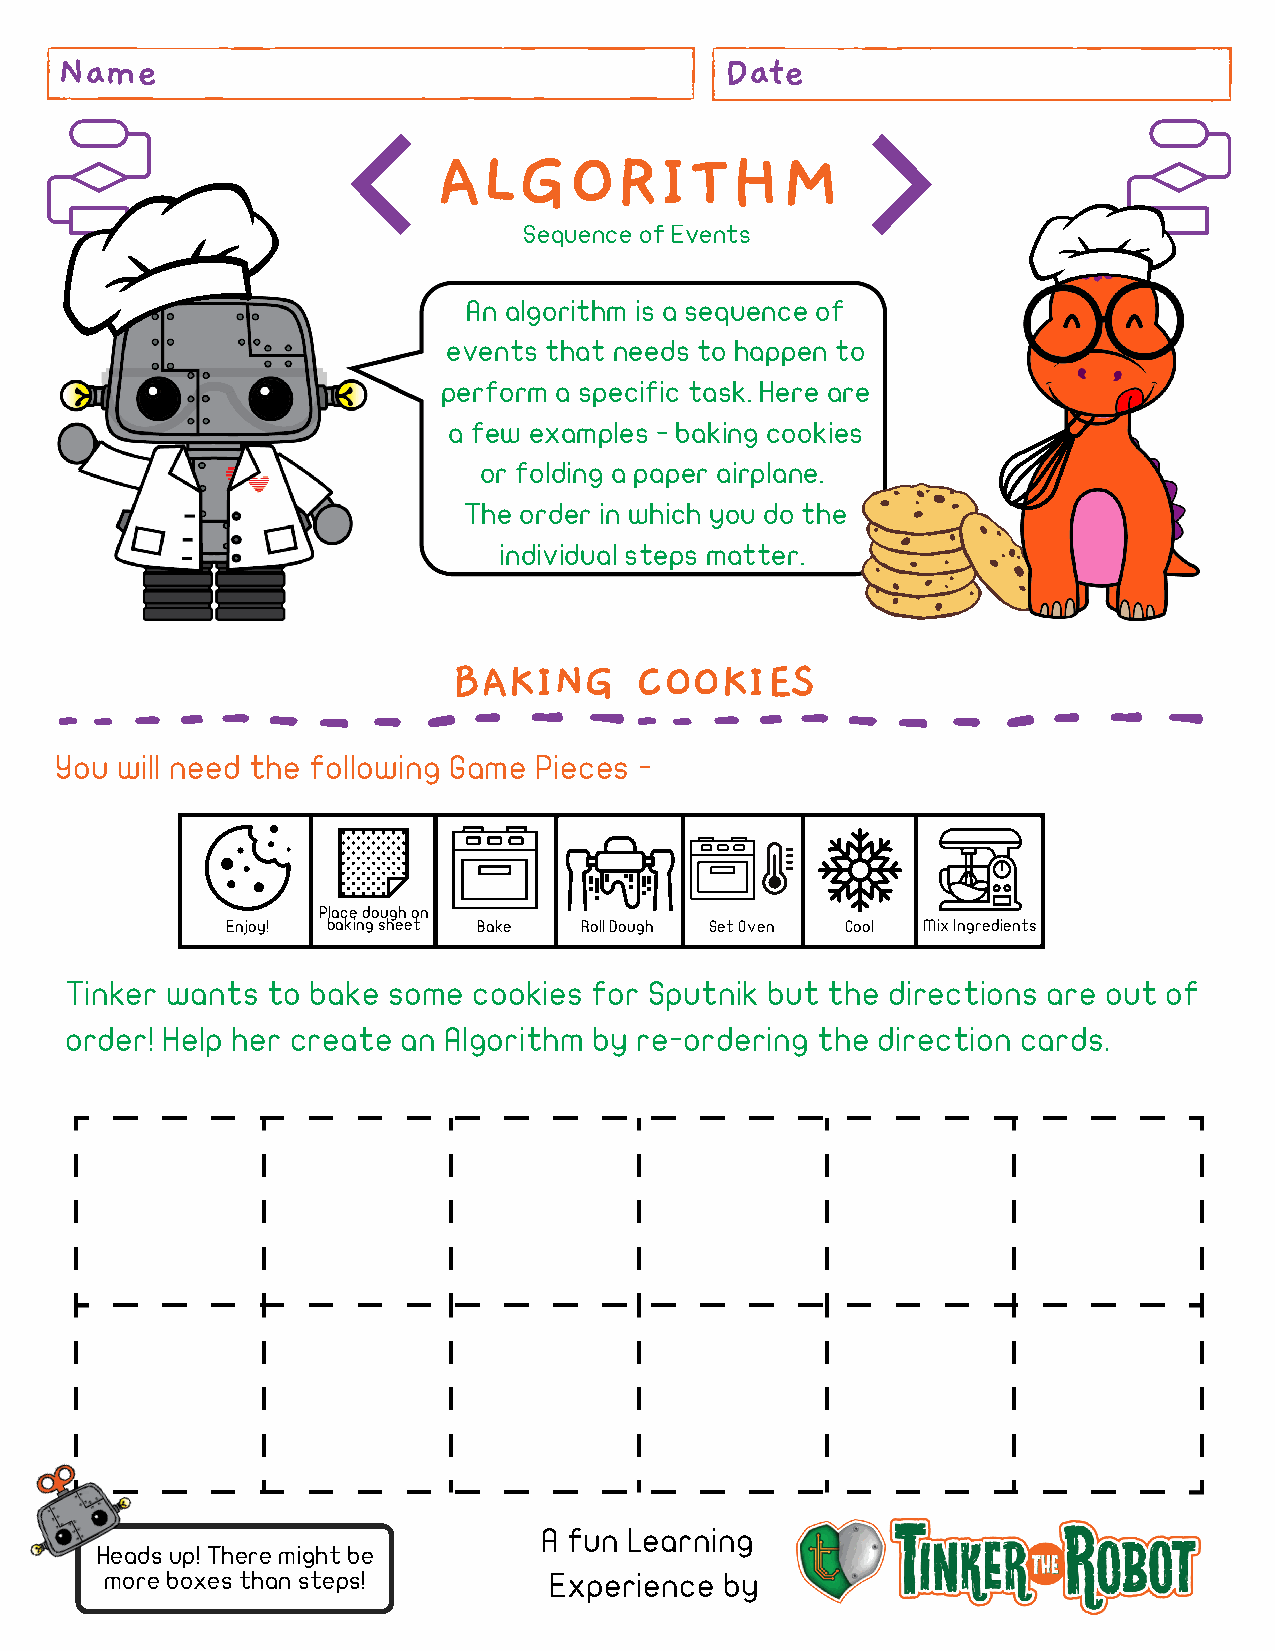
Name                                        Date
 ALGORITHM
 Sequence of Events
 An algorithm is a sequence of
 events that needs to happen to
 perform a specific task. Here are
 a few examples - baking cookies
 or folding a paper airplane.
 The order in which you do the
 individual steps matter.
 BAKING      COOKIES
 You will need the following Game Pieces -
 Place dough on
 Enjoy! baking sheet Bake Roll Dough Set Oven Cool Mix Ingredients
 Tinker wants  to bake some cookies for Sputnik but the directions are out of
 order! Help her create an Algorithm by re-ordering the direction cards.
 A fun Learning
 Heads up! There might be
 more boxes than steps!       Experience  by